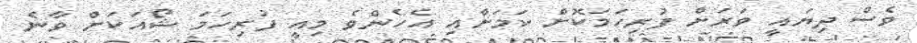
ވެސް ދިޔައީ ވަރަށް ފުރިހަމަކޮށް ކަމަށާއި އެހެންވެ މިއީ ފުރިހަމަ ޝޯއަކަށް ވާނެ